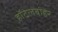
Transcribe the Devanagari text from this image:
हॉटेलबाहेर